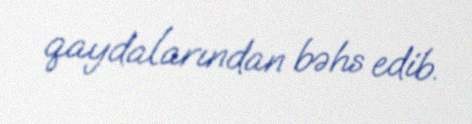
qaydalarından bəhs edib.